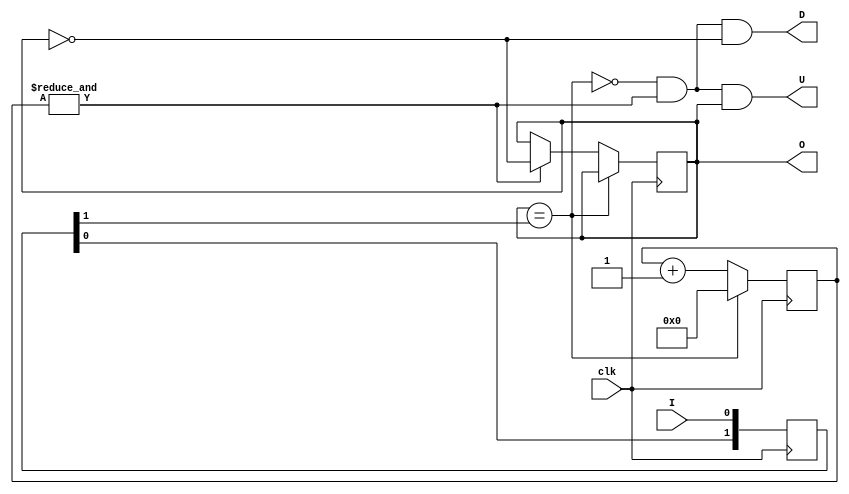
`timescale 1ns / 1ps
`default_nettype none
// Copyright (c) 2016 Jennifer Holt
//
// Permission is hereby granted, free of charge, to any person obtaining a copy of this software and 
// associated documentation files (the "Software"), to deal in the Software without restriction,
// including without limitation the rights to use, copy, modify, merge, publish, distribute,
// sublicense, and/or sell copies of the Software, and to permit persons to whom the Software is
// furnished to do so, subject to the following conditions:
//
// The above copyright notice and this permission notice shall be included in all copies or
// substantial portions of the Software.

// THE SOFTWARE IS PROVIDED "AS IS", WITHOUT WARRANTY OF ANY KIND, EXPRESS OR IMPLIED, INCLUDING BUT
// NOT LIMITED TO THE WARRANTIES OF MERCHANTABILITY, FITNESS FOR A PARTICULAR PURPOSE AND
// NONINFRINGEMENT. IN NO EVENT SHALL THE AUTHORS OR COPYRIGHT HOLDERS BE LIABLE FOR ANY CLAIM,
// DAMAGES OR OTHER LIABILITY, WHETHER IN AN ACTION OF CONTRACT, TORT OR OTHERWISE, ARISING FROM, OUT
// OF OR IN CONNECTION WITH THE SOFTWARE OR THE USE OR OTHER DEALINGS IN THE SOFTWARE.

//////////////////////////////////////////////////////////////////////////////////
// Company: 
// 
// Design Name: 
// Module Name:    debounce 
// Project Name: 
// Target Devices: 
// Tool versions: 
// Description: Simple switch debouncer. Parameter NBITS determines the size of the timeout counter. (17 bits for 48MHz = 2.7ms)
//
// Dependencies: None
//
// Revision: 
// Revision 0.01 - File Created
// Additional Comments: 
//
//////////////////////////////////////////////////////////////////////////////////
module debounce #(
	parameter NBITS = 16,
	parameter INVERT = "True"
	)(
    input wire clk,
    input wire I,
    output reg O,
    output wire U,
    output wire D
    );

	//input registers
	reg [1:0] Iq;
	generate
		if (INVERT == "TRUE")
			always @(posedge clk) begin
				Iq[1] <= Iq[0];
				Iq[0] <= ~I;
			end
		else
			always @(posedge clk) begin
				Iq[1] <= Iq[0];
				Iq[0] <= I;
			end
	endgenerate
	
	//counter
	reg [NBITS-1:0] count;
	
	// logic
	wire Idle = (O == Iq[1]);
	wire count_max = &count;		// true when all bits of count are 1's

	always @(posedge clk)
		if(Idle)
			count <= 0;  // nothing's going on
		else	begin
			count <= count + 1'd1;  // something's going on, increment the counter
			if(count_max) O <= ~O;  // if the counter is maxed out, PB changed!
		end

	assign D = ~Idle & count_max & ~O;
	assign U = ~Idle & count_max &  O;
endmodule